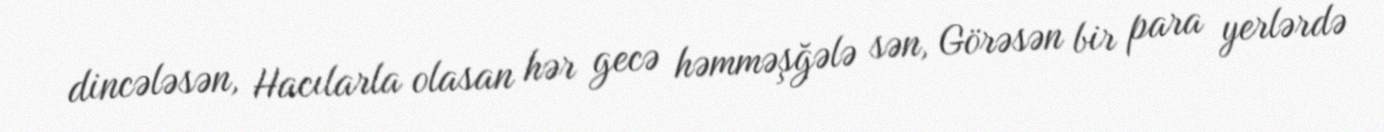
dincələsən, Hacılarla olasan hər gecə həmməşğələ sən, Görəsən bir para yerlərdə